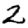
Digit: 2